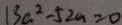
1 3 a ^ { 2 } - 5 2 a = 0